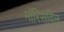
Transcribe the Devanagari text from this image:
मॉरिसविल